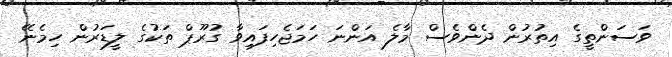
ވަސަންތީގެ އިތުރުން ދެންވެސް މާލެ އަންނަ ހަމަޖެހިފައިވާ ގުރޫޕް ތަކުގެ ލީޑަރުން ހިމެނޭ